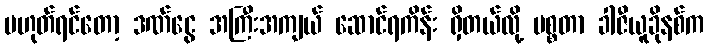
မဟုတ်ရင်တော့ ဒဏ်ငွေ အကြီးအကျယ် ဆောင်ရကိန်း ရှိတယ်လို့ မစ္စတာ ခါဇီယူခိုနစ်က